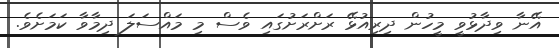
އޭނާ ވިދާޅުވީ މީހުން ދިރިއުޅޭ ރަށްރަށުގައި ވެސް މި މައްސަލަ ދިމާވާ ކަމަށެވެ.